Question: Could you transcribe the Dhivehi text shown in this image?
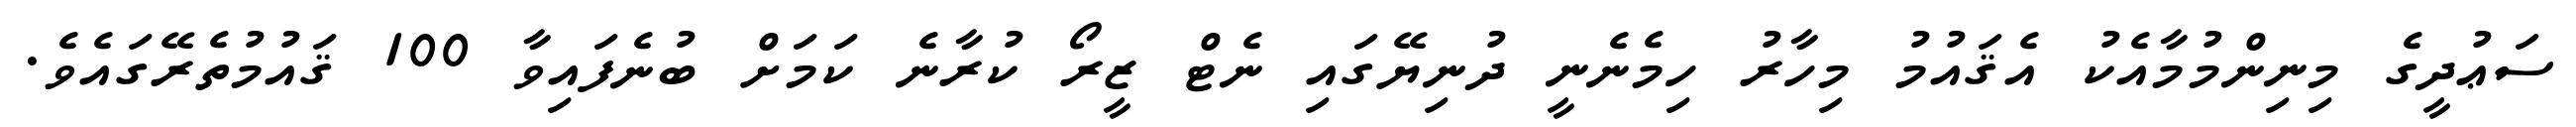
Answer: ސަޢުދީގެ މިނިންމުމާއެކު އެޤައުމު މިހާރު ހިމެނެނީ ދުނިޔޭގައި ނެޓް ޒީރޯ ކުރާނެ ކަމަށް ބުނެފައިވާ 100 ޤައުމުތެރޭގައެވެ.